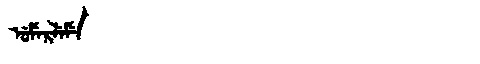
Manchu: ᡠᠮᡝᡵᠯᡝᠮᡝ
Romanization: UMERLEME